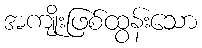
အကျိုးဖြစ်ထွန်းသော